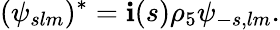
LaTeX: (\psi_{slm})^{*}=\mathbf{i}(s)\rho_{5}\psi_{-s,lm}.